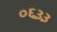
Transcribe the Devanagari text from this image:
०६३३